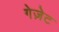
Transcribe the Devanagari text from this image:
गेज़ेट